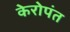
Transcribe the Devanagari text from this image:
केरोपंत